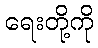
ရေးတို့ကို